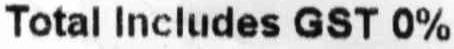
TOTAL INCLUDES GST 0%